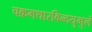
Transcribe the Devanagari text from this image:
चक्रमथारविन्दयुगुलं